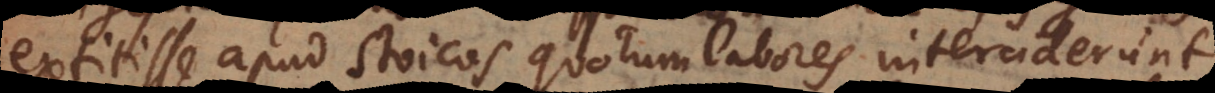
extitisse apud Stoicos quorum labores interciderun